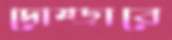
দোম্‌ড়াবে